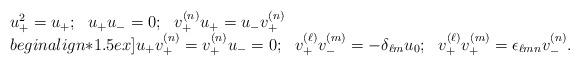
LaTeX: \begin{align*}\begin{array}{l}u^2_+=u_+;\ \ u_+u_-=0;\ \ v^{(n)}_+u_+= u_-v^{(n)}_+\\begin{align*}1.5ex]u_+v^{(n)}_+=v^{(n)}_+ u_-=0;\ \ v^{(\ell )}_+v^{(m)}_-=-\delta_{\ell m}u_0;\ \ v^{(\ell )}_+v^{(m)}_+=\epsilon_{\ell mn} v^{(n)}_- .\end{array}\end{align*}